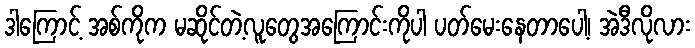
ဒါကြောင့် အစ်ကိုက မဆိုင်တဲ့လူတွေအကြောင်းကိုပါ ပတ်မေးနေတာပေါ့၊ အဲဒီလိုလား